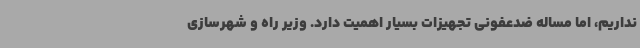
نداریم، اما مساله ضدعفونی تجهیزات بسیار اهمیت دارد. وزیر راه و شهرسازی